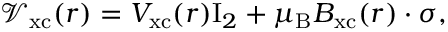
\mathcal { V } _ { \mathrm { x c } } ( \ensuremath { \boldsymbol { r } } ) = V _ { \mathrm { x c } } ( \ensuremath { \boldsymbol { r } } ) \mathrm { I } _ { 2 } + \mu _ { \mathrm { B } } \ensuremath { \boldsymbol { B } } _ { \mathrm { x c } } ( \ensuremath { \boldsymbol { r } } ) \cdot \ensuremath { \boldsymbol { \sigma } } ,